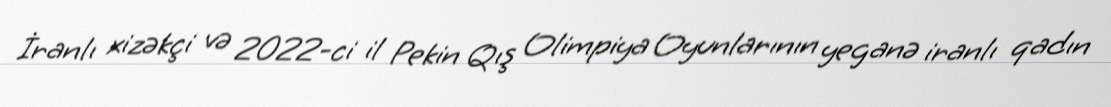
İranlı xizəkçi və 2022-ci il Pekin Qış Olimpiya Oyunlarının yeganə iranlı qadın